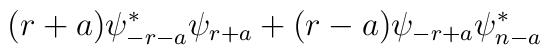
(r+a)\psi^*_{-r-a}\psi_{r+a}+ (r-a)\psi_{-r+a}\psi^*_{n-a}